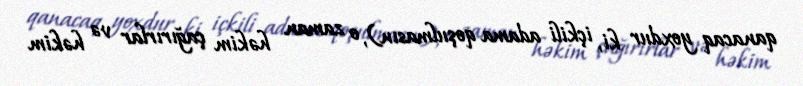
qanacaq yoxdur ki, içkili adama qoşulmasın), o zaman həkim çağırırlar və həkim